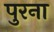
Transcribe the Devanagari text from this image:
पुरना